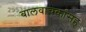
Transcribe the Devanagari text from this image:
बालवाचकांसह